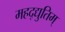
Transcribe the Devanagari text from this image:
महद्‌द्युतिम्